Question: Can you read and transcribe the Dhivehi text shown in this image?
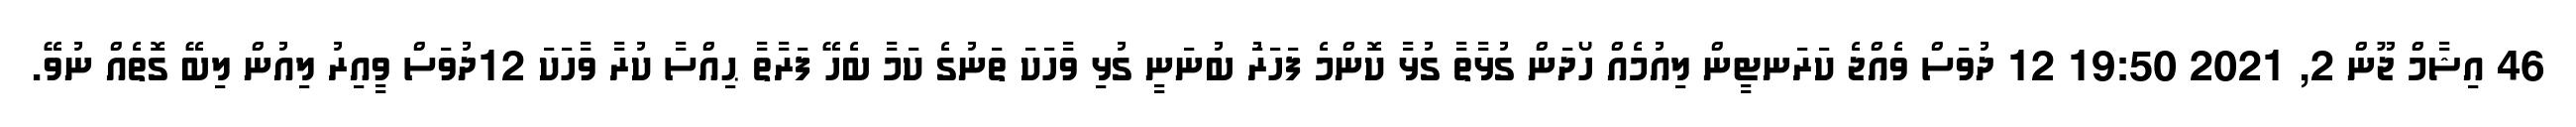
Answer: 46 އިޝާމް ޖޫން 2, 2021 19:50 12 ދުވަސް ވެއްޖެ ކަރަނޓީން ލިއުމެއް ހޯދަން ގުޅާތާ ގުޅާ ކޮންމެ ފަހަރަު ބުނަނީ ގުޅި ވާހަކަ ތަނުގެ ކަމާ ބެހޭ ފަރާތާ ޙިއްސާ ކުރާ ވާހަކަ 12ދުވަސް ވީއިރު ލިއުން ލިބޭ ގޮތެއް ނުވޭ.